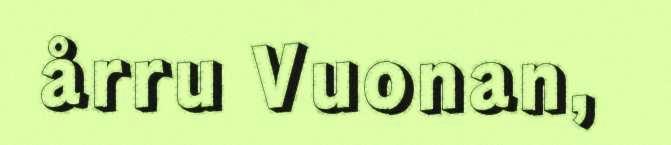
årru Vuonan,